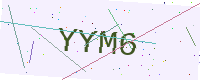
Text: YYM6